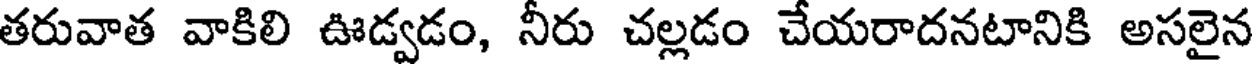
తరువాత వాకిలి ఊడ్వడం, నీరు చల్లడం చేయరాదనటానికి అసలైన